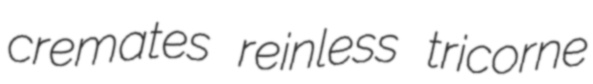
cremates reinless tricorne